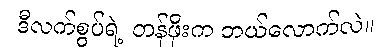
ဒီလက်စွပ်ရဲ့ တန်ဖိုးက ဘယ်လောက်လဲ။